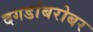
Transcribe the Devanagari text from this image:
दगडांबरोबर